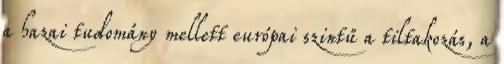
a hazai tudomány mellett európai szintű a tiltakozás, a